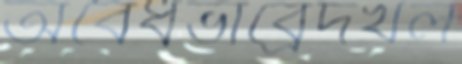
অবৈধভাব্রেদখল